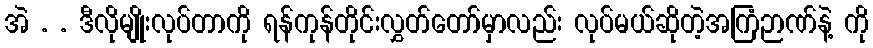
အဲ . . ဒီလိုမျိုးလုပ်တာကို ရန်ကုန်တိုင်းလွှတ်တော်မှာလည်း လုပ်မယ်ဆိုတဲ့အကြံဉာဏ်နဲ့ ကို